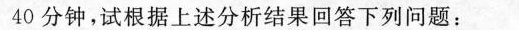
40分钟，试根据上述分析结果回答下列问题：